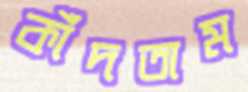
কাঁদতাম